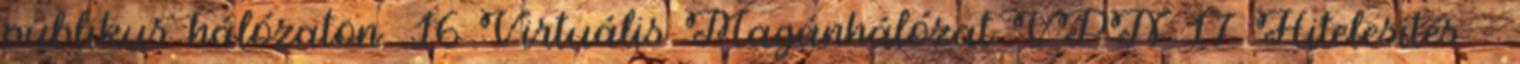
publikus hálózaton. 16 Virtuális Magánhálózat VPN 17 Hitelesítés -